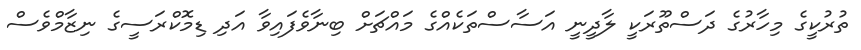
ތުރުކީގެ މިހާރުގެ ދަސްތޫރަކީ ލާދީނީ އަސާސްތަކެއްގެ މައްޗަށް ބިނާވެފައިވާ އަދި ޑިމޮކްރަސީގެ ނިޒާމްވެސް